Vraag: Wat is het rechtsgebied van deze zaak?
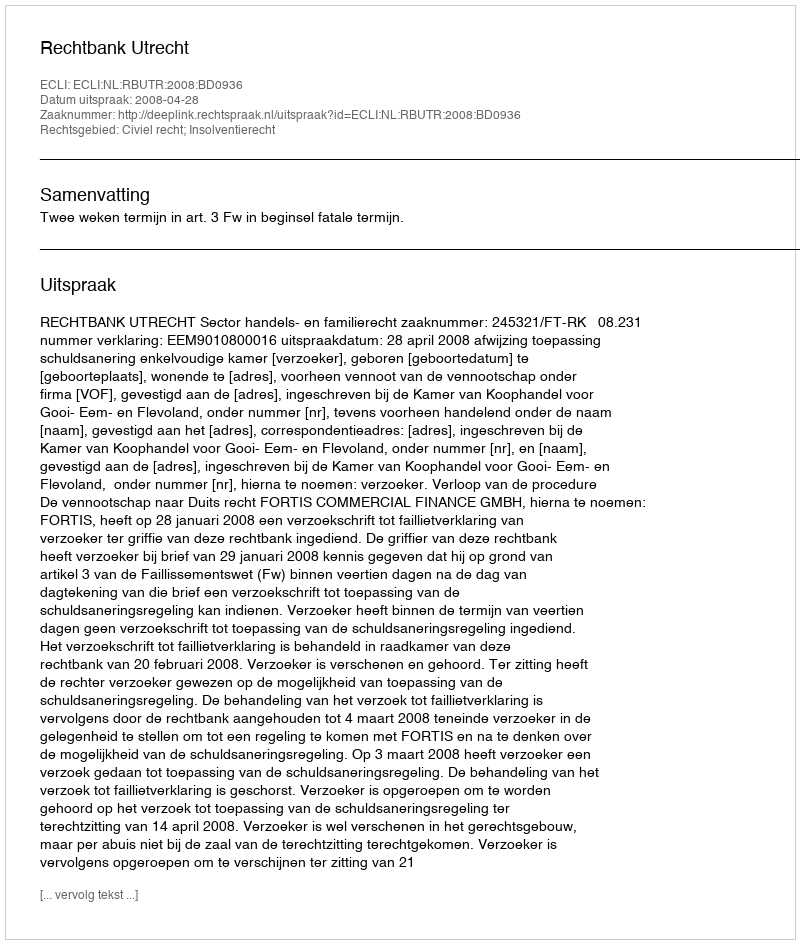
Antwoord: Civiel recht; Insolventierecht